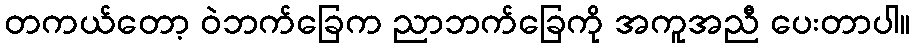
တကယ်တော့ ဝဲဘက်ခြေက ညာဘက်ခြေကို အကူအညီ ပေးတာပါ။